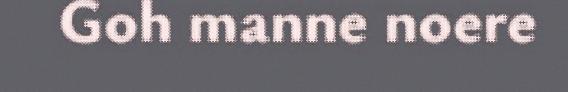
Goh manne noere